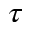
\tau